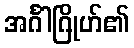
အင်္ဂါဂြိုဟ်၏